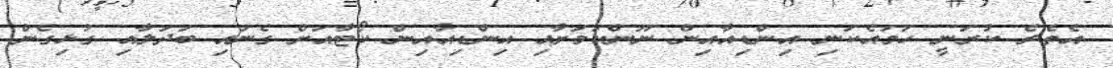
އެތެރެ ކުރަނީ ހަމައެކަނި އިންޑިއާއިން ނޫންކަމަށާއި އިންޑިއާއިން ކޯޓާއަށް ގެނައި ބަދަލާއި ގުޅިގެން